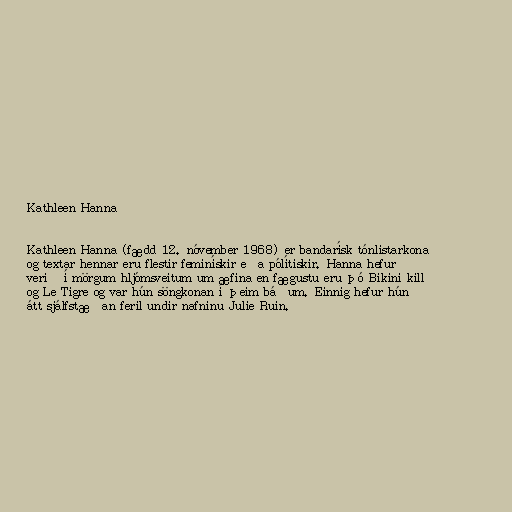
Kathleen Hanna

Kathleen Hanna (fædd 12. nóvember 1968) er bandarísk tónlistarkona
og textar hennar eru flestir feminískir eða pólítiskir. Hanna hefur
verið í mörgum hljómsveitum um æfina en fægustu eru þó Bikini kill
og Le Tigre og var hún söngkonan í þeim báðum. Einnig hefur hún
átt sjálfstæðan feril undir nafninu Julie Ruin.